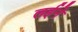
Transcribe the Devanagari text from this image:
लईने